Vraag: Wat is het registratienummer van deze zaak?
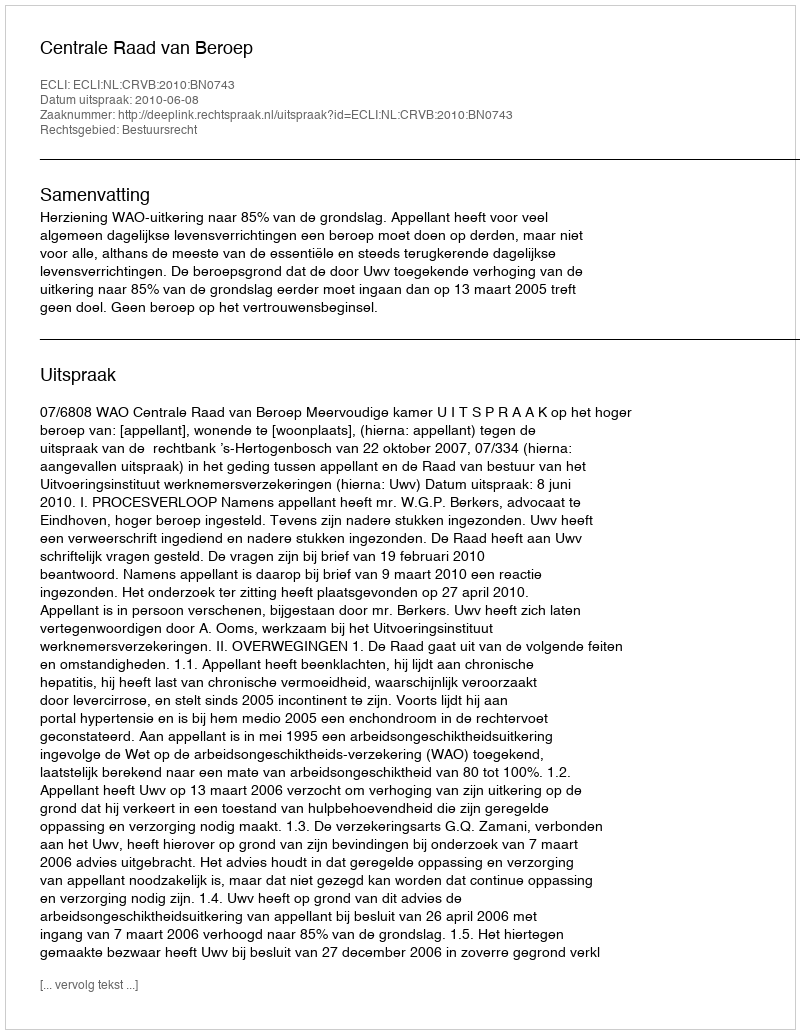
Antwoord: http://deeplink.rechtspraak.nl/uitspraak?id=ECLI:NL:CRVB:2010:BN0743